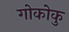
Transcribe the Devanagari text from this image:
गोकोकु